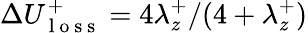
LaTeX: \Delta U_{\mathrm{~l~o~s~s~}}^{+}=4\lambda_{z}^{+}/(4+\lambda_{z}^{+})